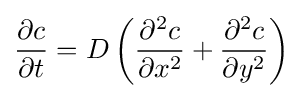
{\frac {\partial c}{\partial t}}=D\left({\partial ^{2}c \over \partial x^{2}}+{\partial ^{2}c \over \partial y^{2}}\right)